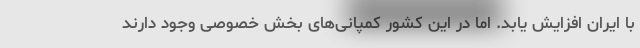
با ایران افزایش یابد. اما در این کشور کمپانی‌های بخش خصوصی وجود دارند